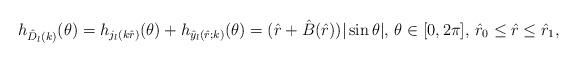
LaTeX: \begin{align*}h_{\hat{D}_l(k)}(\theta)=h_{{j}_l(k\hat{r})}(\theta)+h_{\hat{y}_l(\hat{r};k)}(\theta)=(\hat{r}+\hat{B}(\hat{r}))|\sin\theta|,\,\theta\in[0,2\pi],\,\hat{r}_0\leq \hat{r}\leq\hat{r}_1,\end{align*}